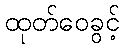
ထုတ်ဝေခွင့်